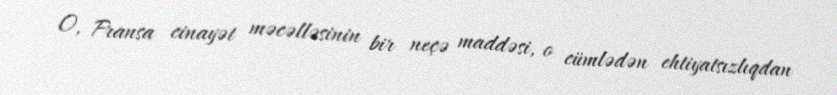
O, Fransa cinayət məcəlləsinin bir neçə maddəsi, o cümlədən ehtiyatsızlıqdan